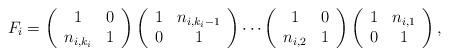
LaTeX: \begin{align*}F_{i} =\left(\begin{array}{ccc}1 & 0 \\n_{i,k_{i}} & 1 \end{array}\right) \left(\begin{array}{ccc}1 & n_{i,k_{i}-1} \\0 & 1 \end{array}\right)\cdots \left(\begin{array}{ccc}1 & 0 \\n_{i,2} & 1 \end{array}\right)\left(\begin{array}{ccc}1 & n_{i,1} \\0 & 1 \end{array}\right) ,\end{align*}